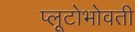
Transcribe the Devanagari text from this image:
प्लूटोभोवती